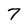
Character: 7